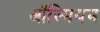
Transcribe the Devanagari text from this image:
ऑस्मियम